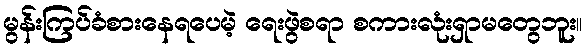
မွန်းကြပ်ခံစားနေရပေမဲ့ ရေးဖွဲစရာ စကားလုံးရှာမတွေဘူး။